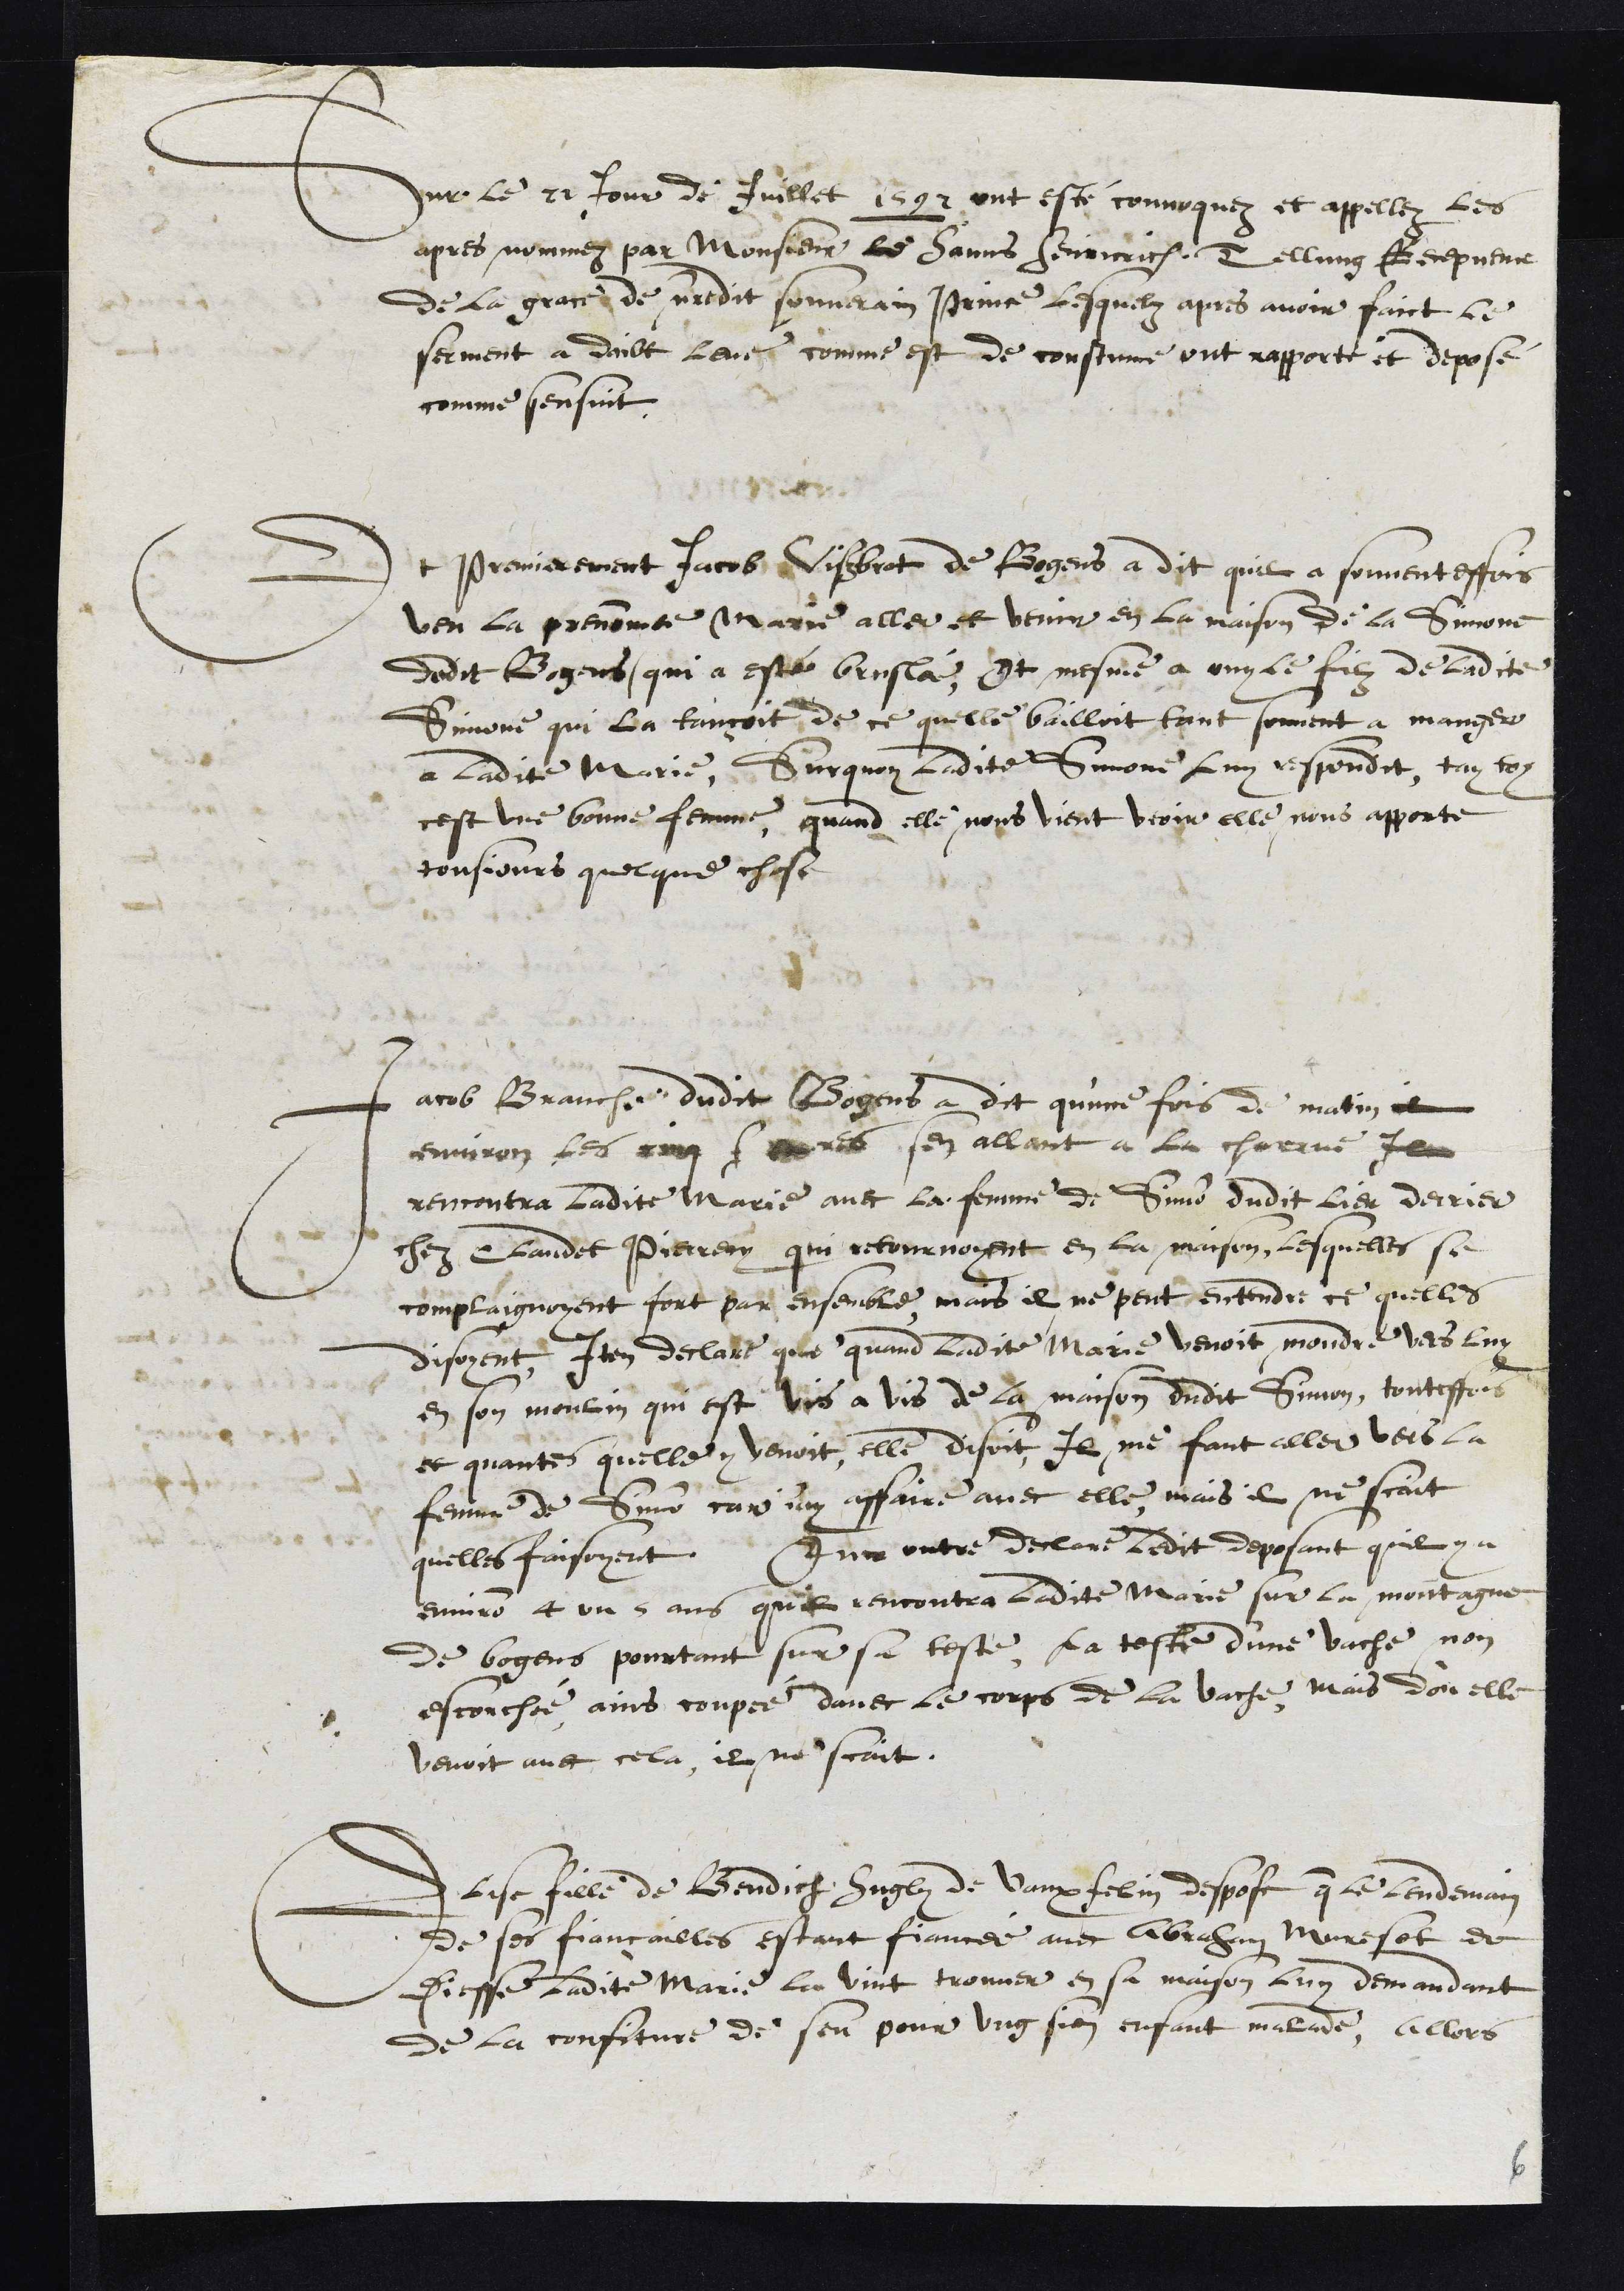
Sur le 21 Jour de Juillet 1592 ont esté convoquez et appellez les
apres nommez par Monsieur le Hanns Heinrich Tellung Recepveur
de la grace de notredit souverain Prince lesquelz apres avoir faict le
serment a doibt leve comme est de coustume ont rapporté et deposé
comme sensuit
Et Premierement Jacob Vißbrot de Bogens a dit quil a souventeffois
veu la prenommee Marie aller et venir en la maison de la Simone
dudit Bogens (qui a esté bruslé), Et mesme a ouy le filz de ladite
Simone qui la tançoit de ce quelle bailloit tant souvent a manger
a ladite Marie, Surquoy ladite Simone Luy respondit, tay toy
cest une bonne femme, quand elle nous vient veoir elle nous apporte
tousjours quelque chose
Jacob Branche dudit Bogens a dit qu'une fois de matin et
environ les cinq heures sen allant a la charrue Il
rencontra ladite Marie avec la femme de Simon dudit lieu derrier
chez Claudet Pierrey qui retournoyent en la maison, lesquelles se
complaignoyent fort par ensemble, mais il ne peut entendre ce quelles
disoient Item declare que quand ladite Marie venoit moudre vers luy
en son moulin qui est vis a vis de la maison dudit Simon, touteffois
et quantes quelle y venoit, elle disoit, Il me faut aller vers la
femme de Simon car j'ay affaire avec elle, mais il ne scait
quelles faisoyent. Que en outre declare ledit deposant quil y a
environ 4 ou 5 ans quil rencontra ladite Marie sur la montagne
de bogens pourtant sur sa teste, la teste d'une vache non
escorchée, ains coupée davec le corps de la vache, mais d'ou elle
venoit avec cela, il ne scait.
Elise fille de Bendicht Hugly de Vaux felin despose que le lendemain
de ses fiançailles estant fiancée avec Abraham Mureset de
Diesse ladite Marie la vint trouver en sa maison luy demandant
de la confiture de son pour ung sien enfant malade, allors
6